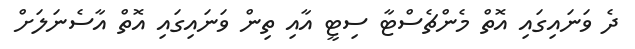
ދެ ވަނައިގައި އޮތް މެންޗެސްޓާ ސިޓީ އާއި ތިން ވަނައިގައި އޮތް އާސެނަލަށް